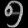
Digit: ၅